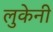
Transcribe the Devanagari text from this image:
लुकेनी